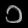
Digit: ၁